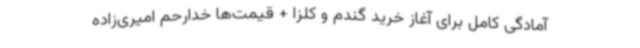
آمادگی کامل برای آغاز خرید گندم و کلزا + قیمت‌ها خدارحم امیری‌زاده